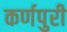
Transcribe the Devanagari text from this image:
कर्णपुरी